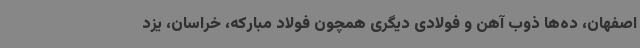
اصفهان، ده‌ها ذوب آهن و فولادی دیگری همچون فولاد مبارکه، خراسان، یزد